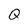
Character: Q